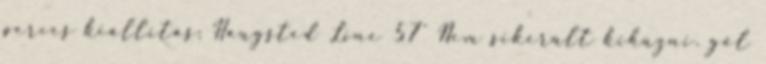
perces kiállítás: Haugsted Line 57' Nem sikerült kihúzni. gól